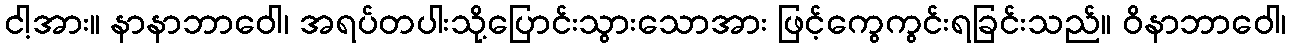
ငါ့အား။ နာနာဘာဝေါ၊ အရပ်တပါးသို့ပြောင်းသွားသောအား ဖြင့်ကွေကွင်းရခြင်းသည်။ ဝိနာဘာဝေါ၊